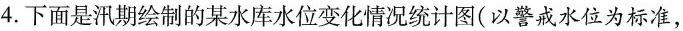
4. 下面是汛期绘制的某水库水位变化情况统计图(以警戒水位为标准，